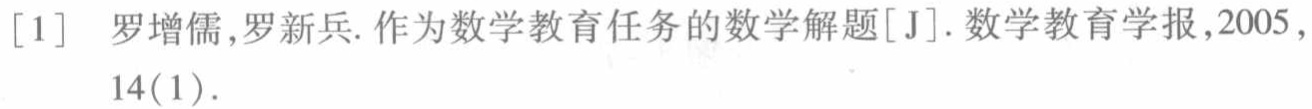
[1] 罗增儒,罗新兵. 作为数学教育任务的数学解题[J]. 数学教育学报,2005,14(1).